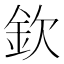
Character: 欽